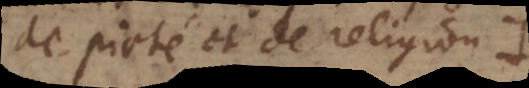
de pieté et de religion.